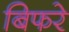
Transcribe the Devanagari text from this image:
बिफरे